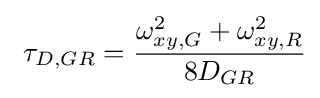
\ \tau _{D,GR}={\frac {\omega _{xy,G}^{2}+\omega _{xy,R}^{2}}{8D_{GR}}}